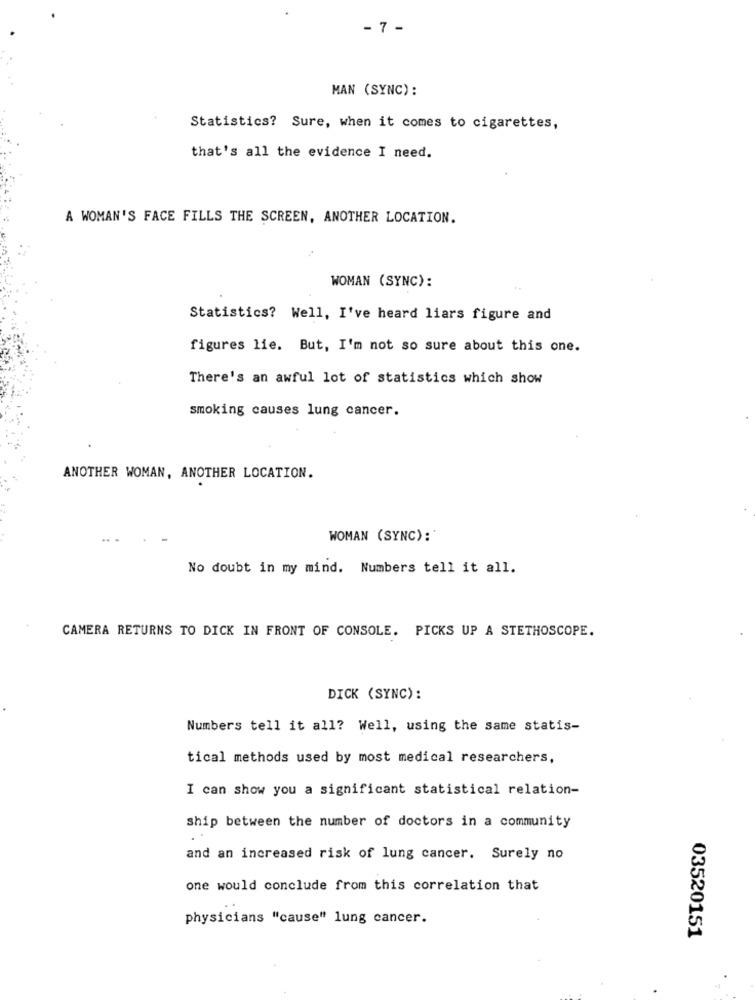
- 7 -
MAN (SYNC) :
Statistics? Sure, when it comes to cigarettes,
that's all the evidence I need.
A WOMAN'S FACE FILLS THE SCREEN, ANOTHER LOCATION.
WOMAN (SYNC):
Statistics? Well, I've heard liars figure and
figures lie. But, I'm not so sure about this one.
There's an awful lot of statistics which show
smoking causes lung cancer.
ANOTHER WOMAN, ANOTHER LOCATION.
WOMAN (SYNC):
No doubt in my mind. Numbers tell it all.
CAMERA RETURNS TO DICK IN FRONT OF CONSOLE. PICKS UP A STETHOSCOPE.
DICK (SYNC):
Numbers tell it all? Well, using the same statis-
tical methods used by most medical researchers,
I can show you a significant statistical relation-
ship between the number of doctors in a community
and an increased risk of lung cancer. Surely no
one would conclude from this correlation that
physicians "cause" lung cancer.
03520151